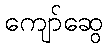
ကျော်ဆွေ